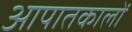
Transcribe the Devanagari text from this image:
आपातकालों